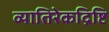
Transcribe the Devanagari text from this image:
व्यातिरेकद्रिष्टि